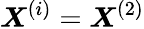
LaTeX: \boldsymbol{X}^{(i)}=\boldsymbol{X}^{(2)}